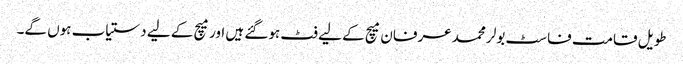
طویل قامت فاسٹ بولر محمد عرفان میچ کے لیے فٹ ہوگئے ہیں اور میچ کے لیے دستیاب ہوں گے۔